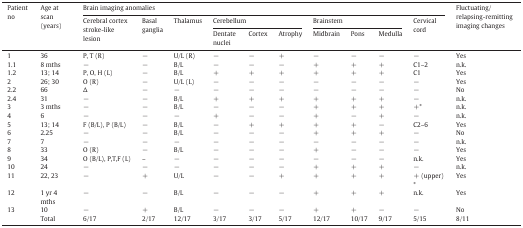
<table><thead><tr><td rowspan="3"><b>Patient no</b></td><td rowspan="3"><b>Age at scan (years)</b></td><td colspan="10"><b>Brain imaging anomalies</b></td><td rowspan="3"><b>Fluctuating/relapsing-remitting imaging changes</b></td></tr><tr><td rowspan="2"><b>Cerebral cortex stroke-like lesion</b></td><td rowspan="2"><b>Basal ganglia</b></td><td rowspan="2"><b>Thalamus</b></td><td colspan="3"><b>Cerebellum</b></td><td colspan="3"><b>Brainstem</b></td><td rowspan="2"><b>Cervical cord</b></td></tr><tr><td><b>Dentate nuclei</b></td><td><b>Cortex</b></td><td><b>Atrophy</b></td><td><b>Midbrain</b></td><td><b>Pons</b></td><td><b>Medulla</b></td></tr></thead><tbody><tr><td>1</td><td>36</td><td>P, T (R)</td><td>−</td><td>U/L (R)</td><td>−</td><td>−</td><td>+</td><td>−</td><td>−</td><td>−</td><td>−</td><td>Yes</td></tr><tr><td>1.1</td><td>8 mths</td><td>−</td><td>−</td><td>B/L</td><td>−</td><td>−</td><td>−</td><td>+</td><td>+</td><td>+</td><td>C1–2</td><td>n.k.</td></tr><tr><td>1.2</td><td>13; 14</td><td>P, O, H (L)</td><td>−</td><td>B/L</td><td>+</td><td>+</td><td>+</td><td>+</td><td>+</td><td>+</td><td>C1</td><td>Yes</td></tr><tr><td>2</td><td>26; 30</td><td>O (R)</td><td>−</td><td>U/L (L)</td><td>−</td><td>−</td><td>−</td><td>−</td><td>−</td><td>−</td><td>−</td><td>Yes</td></tr><tr><td>2.2</td><td>66</td><td>Δ</td><td>−</td><td>−</td><td>−</td><td>−</td><td>−</td><td>−</td><td>−</td><td>−</td><td>−</td><td>No</td></tr><tr><td>2.4</td><td>31</td><td>−</td><td>−</td><td>B/L</td><td>+</td><td>+</td><td>+</td><td>+</td><td>+</td><td>+</td><td>−</td><td>n.k.</td></tr><tr><td>3</td><td>3 mths</td><td>−</td><td>−</td><td>B/L</td><td>−</td><td>−</td><td>−</td><td>+</td><td>+</td><td>+</td><td>+*</td><td>n.k.</td></tr><tr><td>4</td><td>6</td><td>−</td><td>−</td><td>−</td><td>+</td><td>−</td><td>−</td><td>+</td><td>−</td><td>+</td><td>−</td><td>n.k.</td></tr><tr><td>5</td><td>13; 14</td><td>F (B/L), P (B/L)</td><td>−</td><td>B/L</td><td>−</td><td>+</td><td>+</td><td>+</td><td>+</td><td>−</td><td>C2–6</td><td>Yes</td></tr><tr><td>6</td><td>2.25</td><td>−</td><td>−</td><td>B/L</td><td>−</td><td>−</td><td>−</td><td>+</td><td>+</td><td>+</td><td>−</td><td>No</td></tr><tr><td>7</td><td>7</td><td>−</td><td>−</td><td>−</td><td>−</td><td>−</td><td>−</td><td>−</td><td>−</td><td>−</td><td>−</td><td>n.k.</td></tr><tr><td>8</td><td>33</td><td>O (R)</td><td>−</td><td>B/L</td><td>−</td><td>−</td><td>−</td><td>+</td><td>−</td><td>−</td><td>−</td><td>Yes</td></tr><tr><td>9</td><td>34</td><td>O (B/L), P,T,F (L)</td><td>–</td><td>−</td><td>−</td><td>−</td><td>−</td><td>−</td><td>−</td><td>−</td><td>n.k.</td><td>Yes</td></tr><tr><td>10</td><td>24</td><td>−</td><td>−</td><td>−</td><td>−</td><td>−</td><td>−</td><td>+</td><td>+</td><td>+</td><td>−</td><td>n.k.</td></tr><tr><td>11</td><td>22, 23</td><td>−</td><td>+</td><td>U/L</td><td>−</td><td>−</td><td>+</td><td>+</td><td>+</td><td>+</td><td>+ (upper)*</td><td>Yes</td></tr><tr><td>12</td><td>1 yr 4 mths</td><td>−</td><td>−</td><td>B/L</td><td>−</td><td>−</td><td>−</td><td>+</td><td>+</td><td>+</td><td>n.k.</td><td>Yes</td></tr><tr><td>13</td><td>10</td><td>−</td><td>+</td><td>B/L</td><td>−</td><td>−</td><td>−</td><td>+</td><td>+</td><td>−</td><td>−</td><td>No</td></tr><tr><td></td><td>Total</td><td>6/17</td><td>2/17</td><td>12/17</td><td>3/17</td><td>3/17</td><td>5/17</td><td>12/17</td><td>10/17</td><td>9/17</td><td>5/15</td><td>8/11</td></tr></tbody></table>